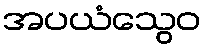
အပယံသွေဝ